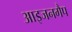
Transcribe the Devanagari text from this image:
आइजनगैप